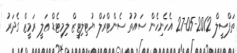
ތަފްސީލް 2012-05-27 އެހެނިހެން ސައުތު ސެންޓްރަލް ޔުޓިލިޓީޒް ލިމިޓެޑް ޢަލީ ރަމީޒް ގެދަރު